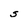
Character: S